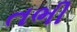
તભી